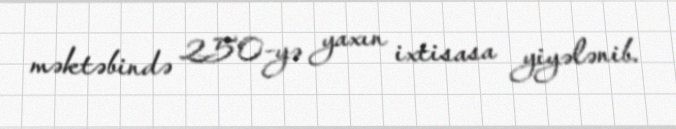
məktəbində 250-yə yaxın ixtisasa yiyələnib.